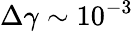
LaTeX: \Delta\gamma\sim 10^{-3}